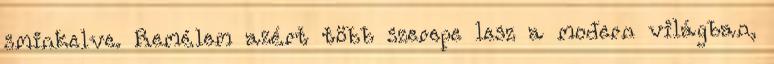
sminkelve. Remélem azért több szerepe lesz a modern világban,